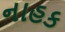
નાહક